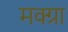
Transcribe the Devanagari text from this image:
मक्ग्रा